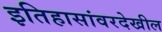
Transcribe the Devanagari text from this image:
इतिहासांवरदेखील